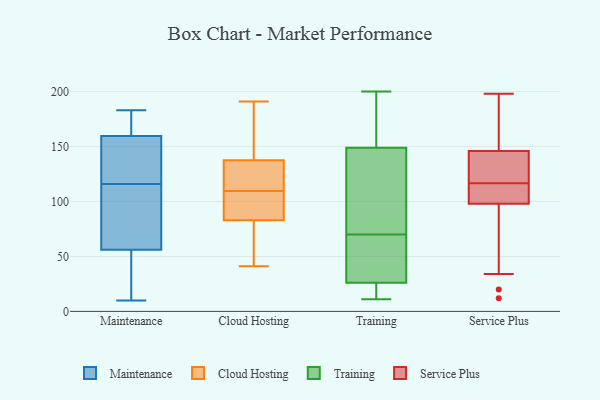
{"axis": {"x": "Bounce Rate (%)", "y": "Value"}, "legend": ["Cloud Hosting", "Maintenance", "Service Plus", "Training"], "data": [{"x": "", "y": 171, "type": "Maintenance"}, {"x": "", "y": 73, "type": "Maintenance"}, {"x": "", "y": 183, "type": "Maintenance"}, {"x": "", "y": 151, "type": "Maintenance"}, {"x": "", "y": 148, "type": "Maintenance"}, {"x": "", "y": 47, "type": "Maintenance"}, {"x": "", "y": 65, "type": "Maintenance"}, {"x": "", "y": 45, "type": "Maintenance"}, {"x": "", "y": 10, "type": "Maintenance"}, {"x": "", "y": 91, "type": "Maintenance"}, {"x": "", "y": 168, "type": "Maintenance"}, {"x": "", "y": 141, "type": "Maintenance"}, {"x": "", "y": 76, "type": "Cloud Hosting"}, {"x": "", "y": 119, "type": "Cloud Hosting"}, {"x": "", "y": 147, "type": "Cloud Hosting"}, {"x": "", "y": 90, "type": "Cloud Hosting"}, {"x": "", "y": 102, "type": "Cloud Hosting"}, {"x": "", "y": 168, "type": "Cloud Hosting"}, {"x": "", "y": 114, "type": "Cloud Hosting"}, {"x": "", "y": 76, "type": "Cloud Hosting"}, {"x": "", "y": 105, "type": "Cloud Hosting"}, {"x": "", "y": 128, "type": "Cloud Hosting"}, {"x": "", "y": 41, "type": "Cloud Hosting"}, {"x": "", "y": 191, "type": "Cloud Hosting"}, {"x": "", "y": 32, "type": "Training"}, {"x": "", "y": 17, "type": "Training"}, {"x": "", "y": 97, "type": "Training"}, {"x": "", "y": 192, "type": "Training"}, {"x": "", "y": 43, "type": "Training"}, {"x": "", "y": 152, "type": "Training"}, {"x": "", "y": 146, "type": "Training"}, {"x": "", "y": 200, "type": "Training"}, {"x": "", "y": 119, "type": "Training"}, {"x": "", "y": 42, "type": "Training"}, {"x": "", "y": 11, "type": "Training"}, {"x": "", "y": 20, "type": "Training"}, {"x": "", "y": 150, "type": "Service Plus"}, {"x": "", "y": 12, "type": "Service Plus"}, {"x": "", "y": 178, "type": "Service Plus"}, {"x": "", "y": 198, "type": "Service Plus"}, {"x": "", "y": 34, "type": "Service Plus"}, {"x": "", "y": 176, "type": "Service Plus"}, {"x": "", "y": 146, "type": "Service Plus"}, {"x": "", "y": 20, "type": "Service Plus"}, {"x": "", "y": 115, "type": "Service Plus"}, {"x": "", "y": 107, "type": "Service Plus"}, {"x": "", "y": 98, "type": "Service Plus"}, {"x": "", "y": 141, "type": "Service Plus"}, {"x": "", "y": 102, "type": "Service Plus"}, {"x": "", "y": 144, "type": "Service Plus"}, {"x": "", "y": 105, "type": "Service Plus"}, {"x": "", "y": 97, "type": "Service Plus"}, {"x": "", "y": 133, "type": "Service Plus"}, {"x": "", "y": 118, "type": "Service Plus"}]}